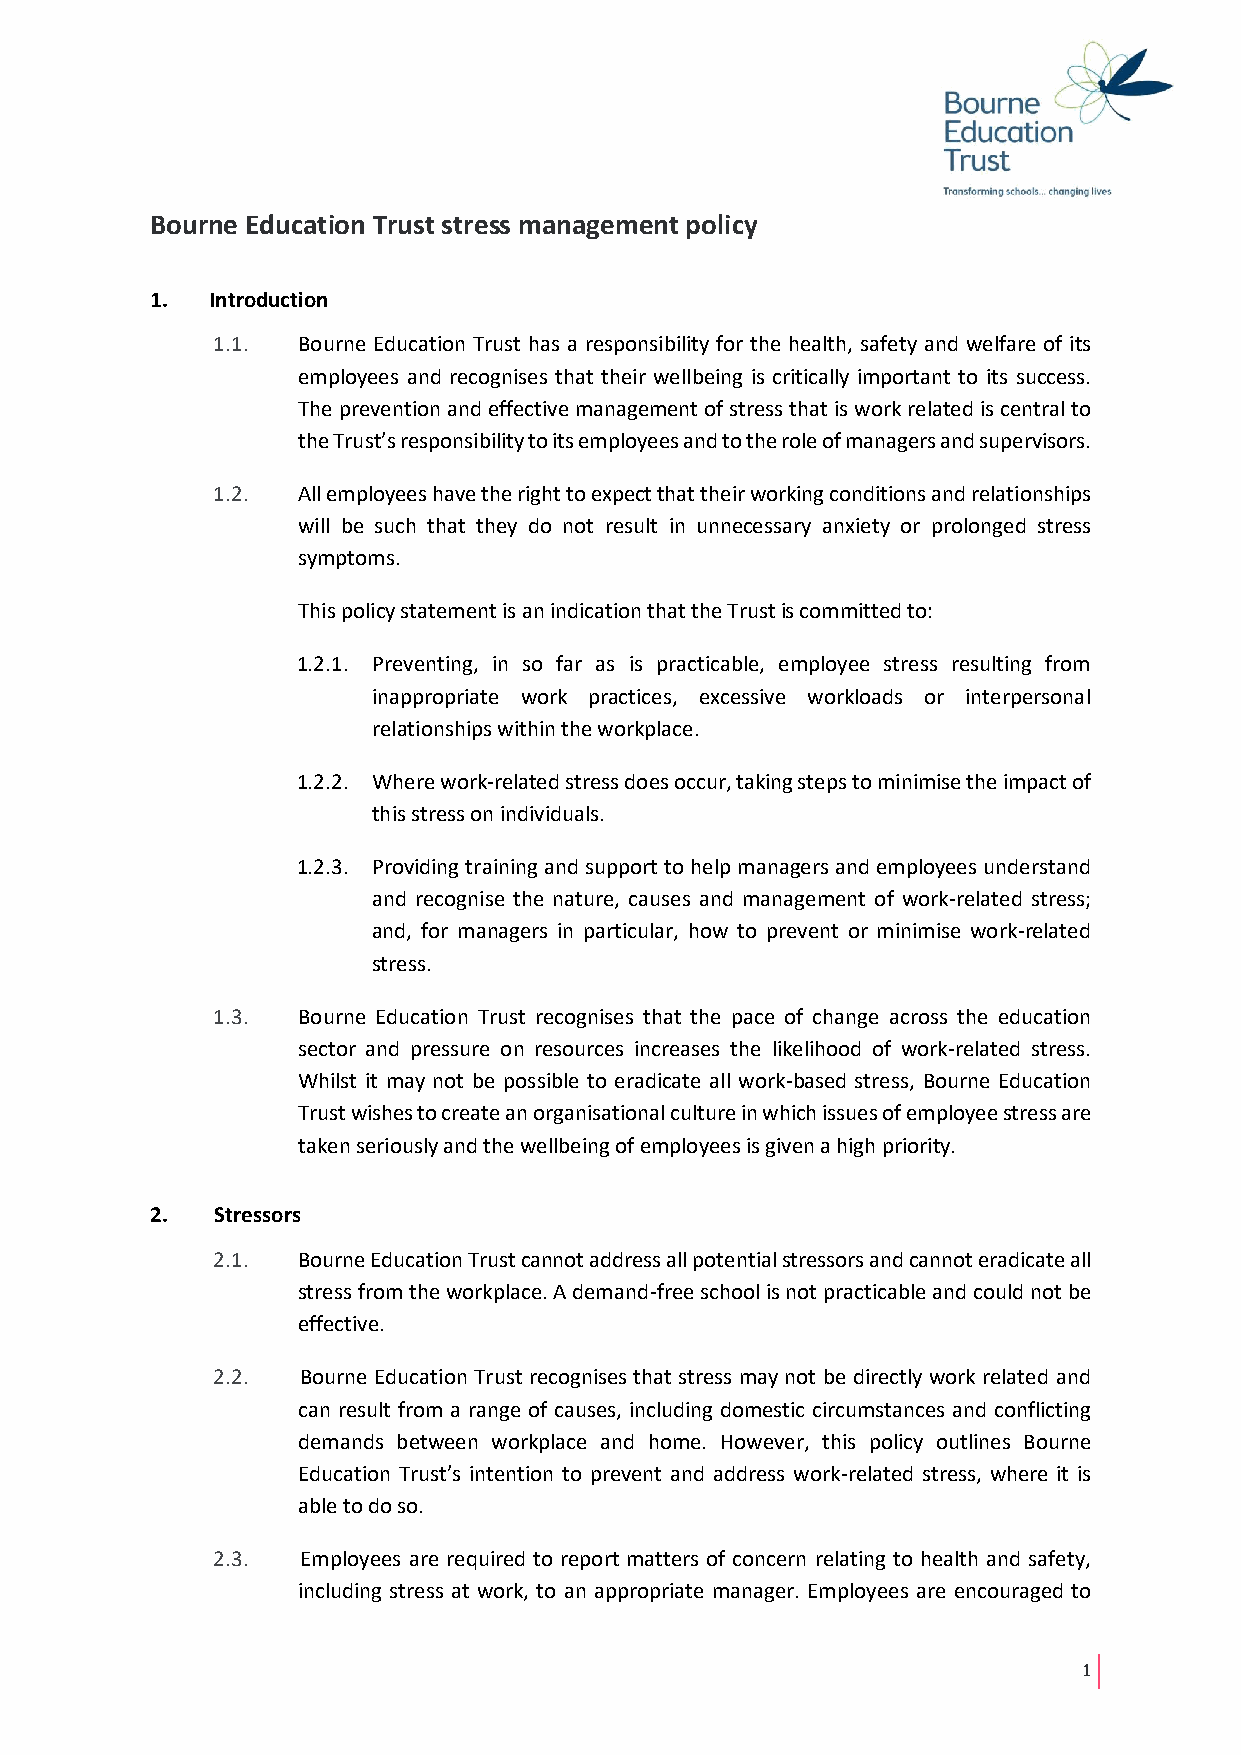
Bourne Education Trust stress management policy
 1.  Introduction
 1.1.  Bourne Education Trust has a responsibility for the health, safety and welfare of its
 employees and recognises that their wellbeing is critically important to its success.
 The prevention and effective management of stress that is work related is central to
 the Trust’s responsibility to its employees and to the role of managers and supervisors.
 1.2.  All employees have the right to expect that their working conditions and relationships
 will be such that they do not result in unnecessary anxiety or prolonged stress
 symptoms.
 This policy statement is an indication that the Trust is committed to:
 1.2.1. Preventing, in so far as is practicable, employee stress resulting from
 inappropriate work practices, excessive workloads or interpersonal
 relationships within the workplace.
 1.2.2. Where work-related stress does occur, taking steps to minimise the impact of
 this stress on individuals.
 1.2.3. Providing training and support to help managers and employees understand
 and recognise the nature, causes and management of work-related stress;
 and, for managers in particular, how to prevent or minimise work-related
 stress.
 1.3.  Bourne Education Trust recognises that the pace of change across the education
 sector and pressure on resources increases the likelihood of work-related stress.
 Whilst it may not be possible to eradicate all work-based stress, Bourne Education
 Trust wishes to create an organisational culture in which issues of employee stress are
 taken seriously and the wellbeing of employees is given a high priority.
 2.  Stressors
 2.1.  Bourne Education Trust cannot address all potential stressors and cannot eradicate all
 stress from the workplace. A demand-free school is not practicable and could not be
 effective.
 2.2.  Bourne Education Trust recognises that stress may not be directly work related and
 can result from a range of causes, including domestic circumstances and conflicting
 demands between workplace and home. However, this policy outlines Bourne
 Education Trust’s intention to prevent and address work-related stress, where it is
 able to do so.
 2.3.  Employees are required to report matters of concern relating to health and safety,
 including stress at work, to an appropriate manager. Employees are encouraged to
 1